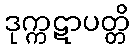
ဒုက္ကဋာပတ္တိ